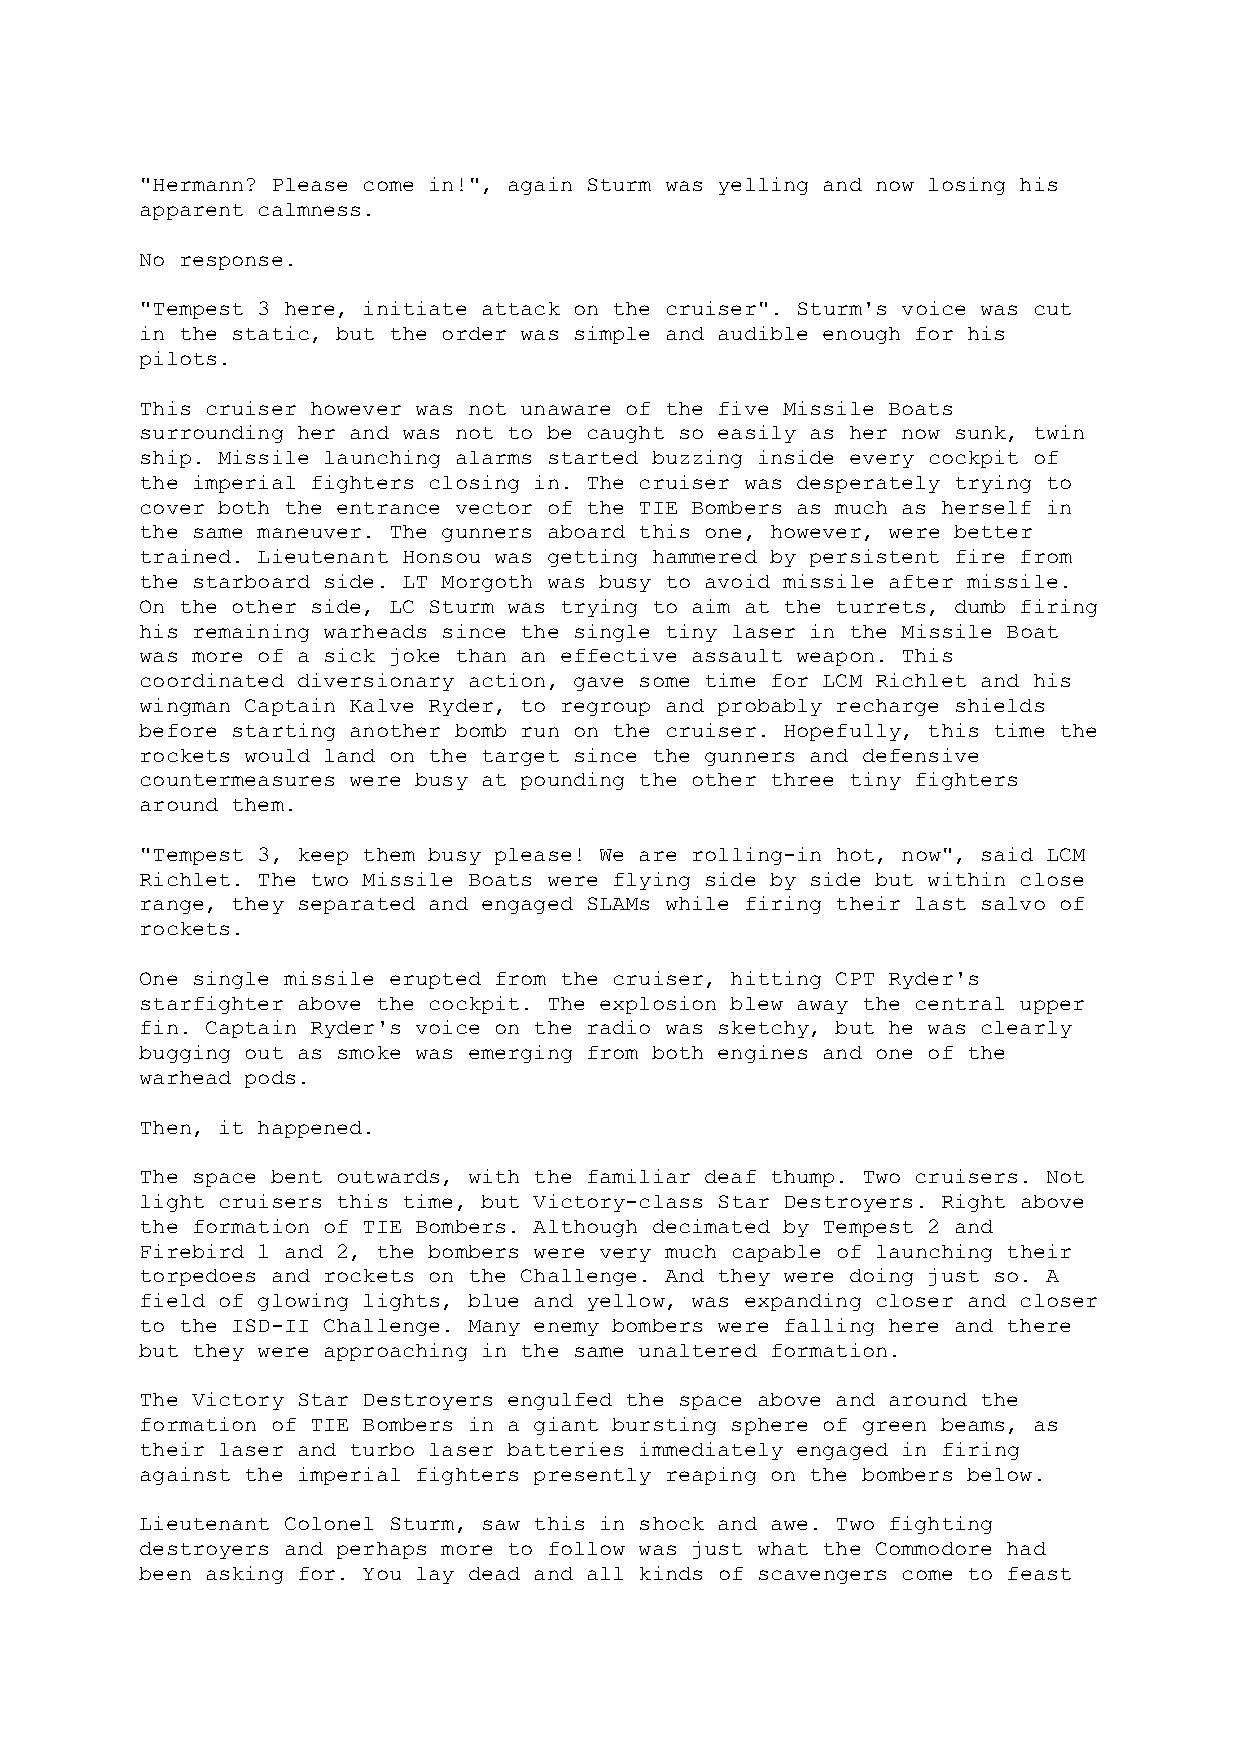
"Hermann? Please come in!", again Sturm was yelling and now losing his
 apparent calmness.
 No response.
 "Tempest 3 here, initiate attack on the cruiser". Sturm's voice was cut
 in the static, but the order was simple and audible enough for his
 pilots.
 This cruiser however was not unaware of the five Missile Boats
 surrounding her and was not to be caught so easily as her now sunk, twin
 ship. Missile launching alarms started buzzing inside every cockpit of
 the imperial fighters closing in. The cruiser was desperately trying to
 cover both the entrance vector of the TIE Bombers as much as herself in
 the same maneuver. The gunners aboard this one, however, were better
 trained. Lieutenant Honsou was getting hammered by persistent fire from
 the starboard side. LT Morgoth was busy to avoid missile after missile.
 On the other side, LC Sturm was trying to aim at the turrets, dumb firing
 his remaining warheads since the single tiny laser in the Missile Boat
 was more of a sick joke than an effective assault weapon. This
 coordinated diversionary action, gave some time for LCM Richlet and his
 wingman Captain Kalve Ryder, to regroup and probably recharge shields
 before starting another bomb run on the cruiser. Hopefully, this time the
 rockets would land on the target since the gunners and defensive
 countermeasures were busy at pounding the other three tiny fighters
 around them.
 "Tempest 3, keep them busy please! We are rolling-in hot, now", said LCM
 Richlet. The two Missile Boats were flying side by side but within close
 range, they separated and engaged SLAMs while firing their last salvo of
 rockets.
 One single missile erupted from the cruiser, hitting CPT Ryder's
 starfighter above the cockpit. The explosion blew away the central upper
 fin. Captain Ryder's voice on the radio was sketchy, but he was clearly
 bugging out as smoke was emerging from both engines and one of the
 warhead pods.
 Then, it happened.
 The space bent outwards, with the familiar deaf thump. Two cruisers. Not
 light cruisers this time, but Victory-class Star Destroyers. Right above
 the formation of TIE Bombers. Although decimated by Tempest 2 and
 Firebird 1 and 2, the bombers were very much capable of launching their
 torpedoes and rockets on the Challenge. And they were doing just so. A
 field of glowing lights, blue and yellow, was expanding closer and closer
 to the ISD-II Challenge. Many enemy bombers were falling here and there
 but they were approaching in the same unaltered formation.
 The Victory Star Destroyers engulfed the space above and around the
 formation of TIE Bombers in a giant bursting sphere of green beams, as
 their laser and turbo laser batteries immediately engaged in firing
 against the imperial fighters presently reaping on the bombers below.
 Lieutenant Colonel Sturm, saw this in shock and awe. Two fighting
 destroyers and perhaps more to follow was just what the Commodore had
 been asking for. You lay dead and all kinds of scavengers come to feast